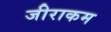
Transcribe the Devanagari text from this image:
जीराकम